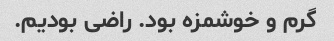
گرم و خوشمزه بود. راضی بودیم.